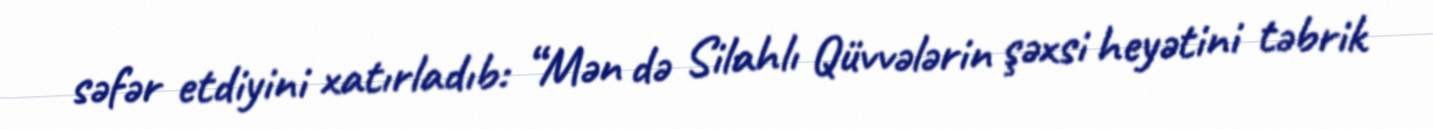
səfər etdiyini xatırladıb: “Mən də Silahlı Qüvvələrin şəxsi heyətini təbrik